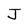
Character: J